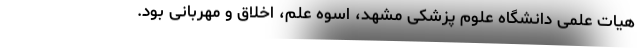
هیات علمی دانشگاه علوم پزشکی مشهد، اسوه علم، اخلاق و مهربانی بود.